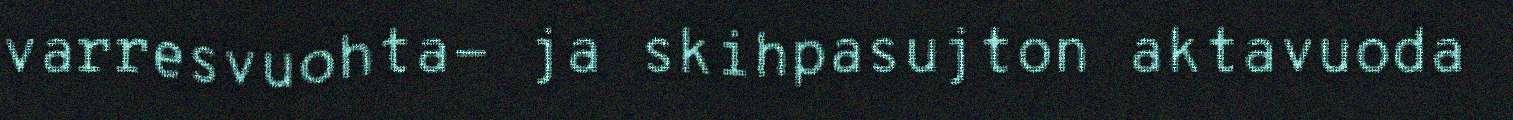
varresvuohta- ja skihpasujton aktavuoda